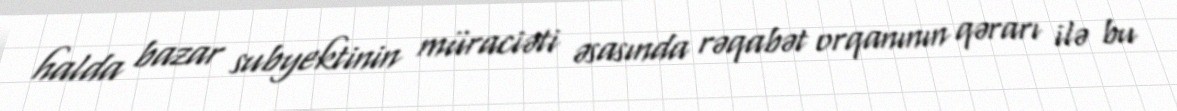
halda bazar subyektinin müraciəti əsasında rəqabət orqanının qərarı ilə bu